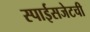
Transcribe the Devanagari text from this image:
स्पाईसजेटची